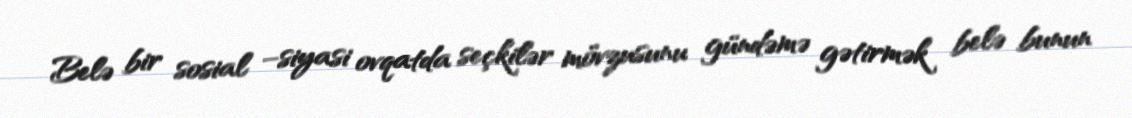
Belə bir sosial –siyasi ovqatda seçkilər mövzusunu gündəmə gətirmək belə bunun